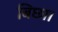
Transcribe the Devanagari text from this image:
बिछा।